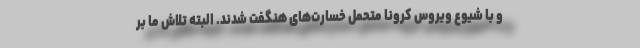
و با شیوع ویروس کرونا متحمل خسارت‌های هنگفت شدند. البته تلاش ما بر